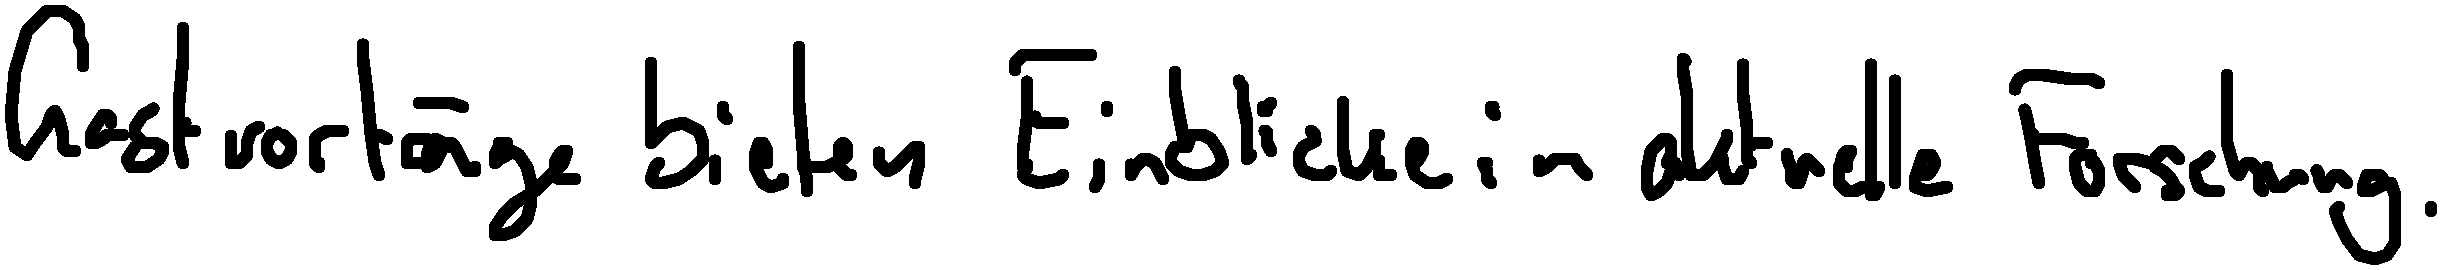
Gastvorträge bieten Einblicke in aktuelle Forschung.